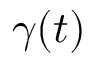
\gamma ( t )